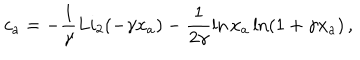
LaTeX: c _ { a } = - \frac { 1 } { \gamma } L i _ { 2 } ( - \gamma x _ { a } ) - \frac { 1 } { 2 \gamma } \ln x _ { a } \ln ( 1 + \gamma x _ { a } ) \, ,